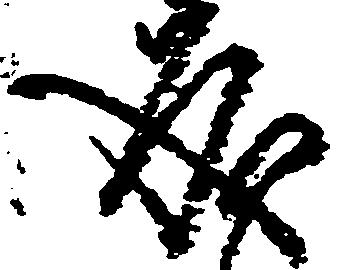
成